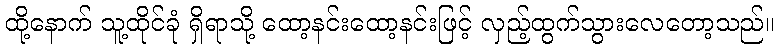
ထို့နောက် သူ့ထိုင်ခုံ ရှိရာသို့ ထော့နင်းထော့နင်းဖြင့် လှည့်ထွက်သွားလေတော့သည်။